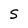
Character: S